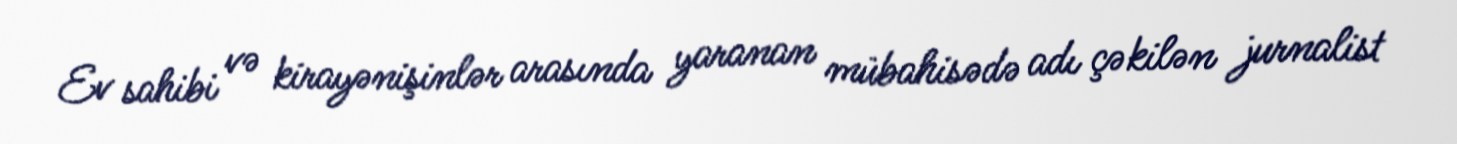
Ev sahibi və kirayənişinlər arasında yaranan mübahisədə adı çəkilən jurnalist